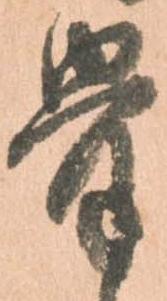
骨